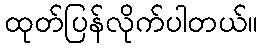
ထုတ်ပြန်လိုက်ပါတယ်။